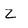
Character: Z